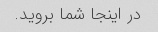
در اینجا شما بروید.